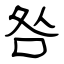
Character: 咎